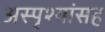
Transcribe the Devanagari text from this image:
अस्पृश्यांसह